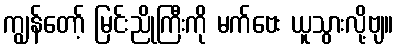
ကျွန်တော့် မြင်းညိုကြီးကို မက်ဗေး ယူသွားလို့ဗျ။